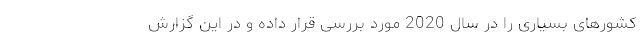
کشورهای بسیاری را در سال 2020 مورد بررسی قرار داده و در این گزارش